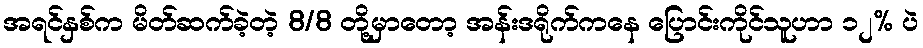
အရင်နှစ်က မိတ်ဆက်ခဲ့တဲ့ 8/8 တို့မှာတော့ အန်းဒရိုက်ကနေ ပြောင်းကိုင်သူဟာ ၁၂% ပဲ